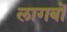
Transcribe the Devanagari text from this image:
लागबों